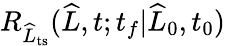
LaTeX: R_{\widehat{L}_{\mathrm{ts}}}(\widehat{L},t;t_{f}|\widehat{L}_{0},t_{0})